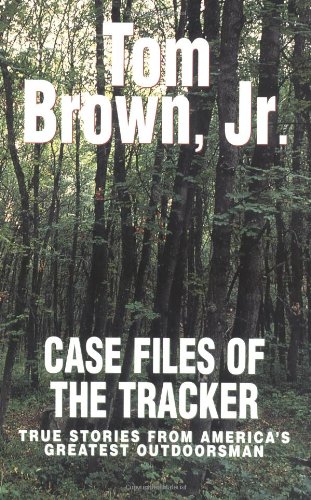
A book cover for Case Files of the Tracker: True Stories from America's Greatest Outdoors; Tom Brown; Humor & Entertainment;